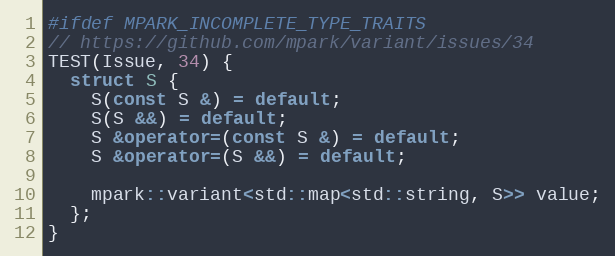
Language: C++
#ifdef MPARK_INCOMPLETE_TYPE_TRAITS
// https://github.com/mpark/variant/issues/34
TEST(Issue, 34) {
  struct S {
    S(const S &) = default;
    S(S &&) = default;
    S &operator=(const S &) = default;
    S &operator=(S &&) = default;

    mpark::variant<std::map<std::string, S>> value;
  };
}